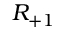
R _ { + 1 }